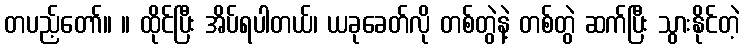
တပည့်တော်။ ။ ထိုင်ပြီး အိပ်ရပါတယ်၊ ယခုခေတ်လို တစ်တွဲနဲ့ တစ်တွဲ ဆက်ပြီး သွားနိုင်တဲ့